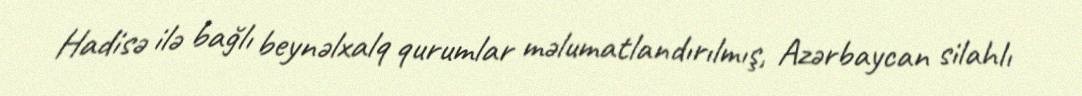
Hadisə ilə bağlı beynəlxalq qurumlar məlumatlandırılmış, Azərbaycan silahlı